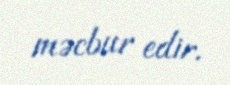
məcbur edir.